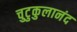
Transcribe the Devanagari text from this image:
चुटुकुलानंद